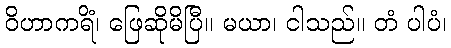
ဝိဟာကရိံ၊ ဖြေဆိုမိပြီ။ မယာ၊ ငါသည်။ တံ ပါပံ၊